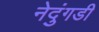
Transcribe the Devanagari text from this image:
नेदुंगडी